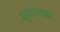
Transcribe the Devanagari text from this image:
सुधारकही